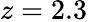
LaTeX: z=2.3